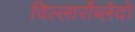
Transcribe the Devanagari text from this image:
विल्लार्रोब्लेदो